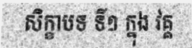
សិក្ខាបទ ទី១ ក្នុង វគ្គ